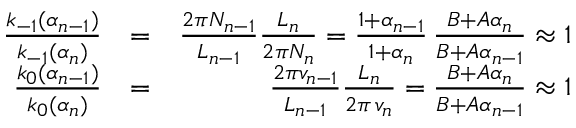
\begin{array} { r l r } { \frac { k _ { - 1 } ( \alpha _ { n - 1 } ) } { k _ { - 1 } ( \alpha _ { n } ) } } & { = } & { \frac { 2 \pi N _ { n - 1 } } { L _ { n - 1 } } \frac { L _ { n } } { 2 \pi N _ { n } } = \frac { 1 + \alpha _ { n - 1 } } { 1 + \alpha _ { n } } \, \frac { B + A \alpha _ { n } } { B + A \alpha _ { n - 1 } } \approx 1 } \\ { \frac { k _ { 0 } ( \alpha _ { n - 1 } ) } { k _ { 0 } ( \alpha _ { n } ) } } & { = } & { \frac { 2 \pi v _ { n - 1 } } { L _ { n - 1 } } \frac { L _ { n } } { 2 \pi \, v _ { n } } = \frac { B + A \alpha _ { n } } { B + A \alpha _ { n - 1 } } \approx 1 } \end{array}